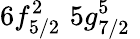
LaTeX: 6f_{5/2}^{2}\, \, 5g_{7/2}^{5}\, \,